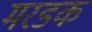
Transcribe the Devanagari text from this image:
मरडक